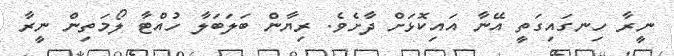
ނީރާ ހިނގައިގަތީ އޭނާ އައިކޮޅަށް ދާށެވެ. ރިޔާން ބަލަބަލާ ހުއްޓާ ލޯމަތިން ނީރާ